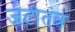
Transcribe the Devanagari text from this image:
जटीतंत्र